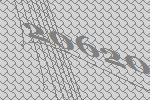
20620